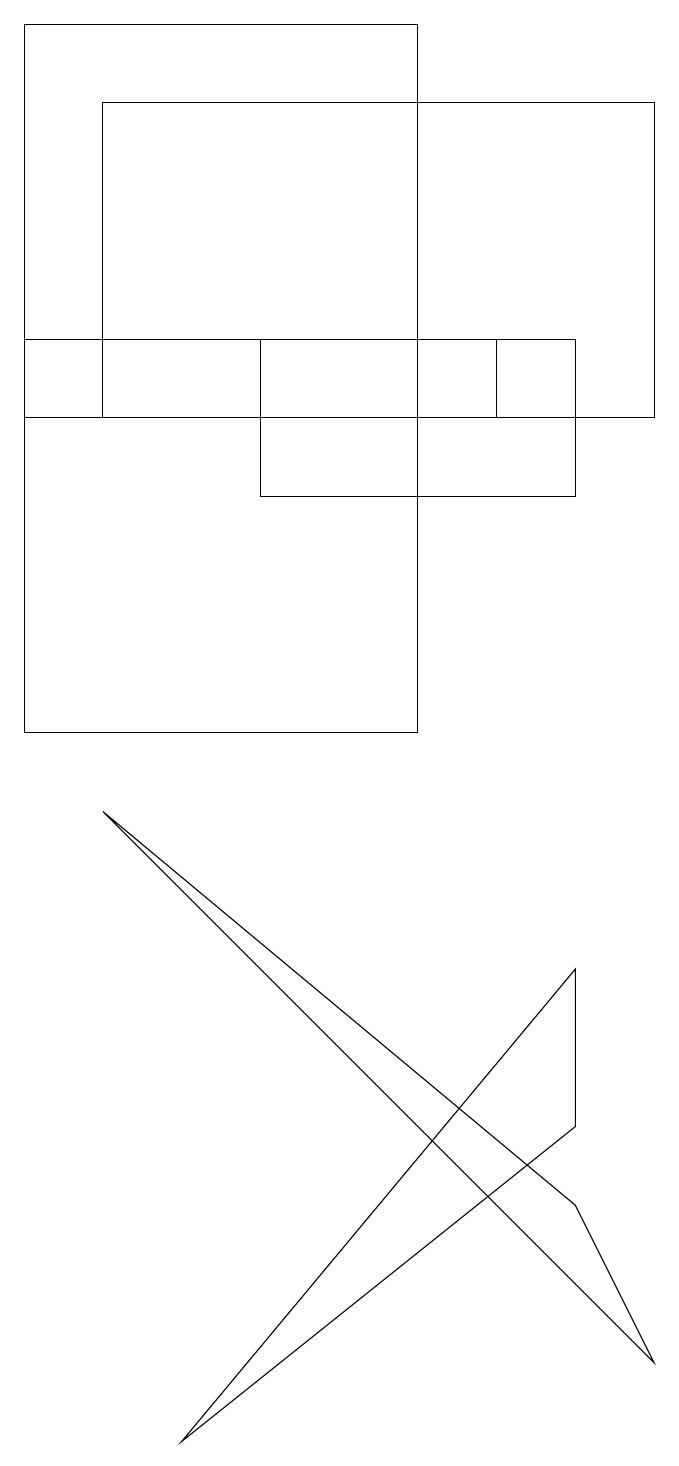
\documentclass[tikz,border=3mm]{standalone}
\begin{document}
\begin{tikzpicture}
\draw (9,14) rectangle (2,18);
\draw (6,19) rectangle (1,10);
\draw (4,15) rectangle (8,13);
\draw (9,2) -- (2,9) -- (8,4) -- cycle;
\draw (3,1) -- (8,5) -- (8,7) -- cycle;
\draw (7,15) rectangle (1,14);
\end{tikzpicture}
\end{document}